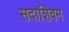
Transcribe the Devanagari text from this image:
सदाशिवम